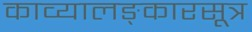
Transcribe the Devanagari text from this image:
काव्यालङ्कारसूत्र